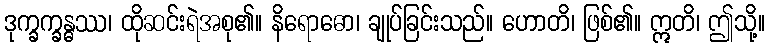
ဒုက္ခက္ခန္ဓဿ၊ ထိုဆင်းရဲအစု၏။ နိရောဓော၊ ချုပ်ခြင်းသည်။ ဟောတိ၊ ဖြစ်၏။ ဣတိ၊ ဤသို့။